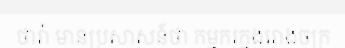
ថារ៉ា មានប្រសាសន៍ថា កម្មករក្នុងរោងចក្រ